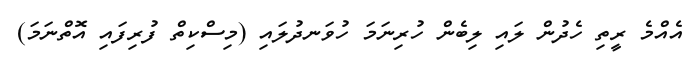
އެއްމެ ރީތި ހެދުން ލައި ލިބެން ހުރިނަމަ ހުވަނދުލައި (މިސްކިތް ފުރިފައި އޮތްނަމަ)